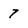
Character: 7